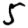
Digit: 5